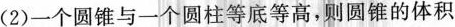
(2)一个圆锥与一个圆柱等底等高，则圆锥的体积